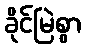
ခိုင်မြဲစွာ